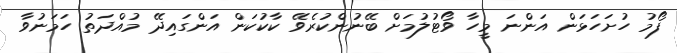
ފޯމު ހުށަހަޅަން އަންނަ މީހާ ވޯޓުލުމަށް ބޭނުންކުރެވޭ ކާކުކަން އަންގައިދޭ މުއްދަތު ހަމަނުވާ